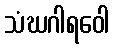
သံဃဂါရဝေါ